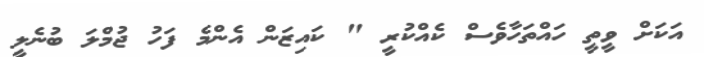
އަކަށް ވީތީ ހައްތަހާވެސް ކެއްކުރީ " ކައިޒަން އެންމެ ފަހު ޖުމްލަ ބުނެލީ